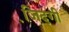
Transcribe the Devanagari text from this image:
जि़दगी